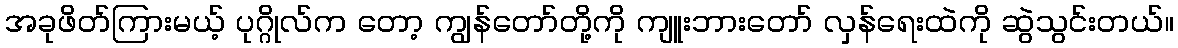
အခုဖိတ်ကြားမယ့် ပုဂ္ဂိုလ်က တော့ ကျွန်တော်တို့ကို ကျူးဘားတော် လှန်ရေးထဲကို ဆွဲသွင်းတယ်။